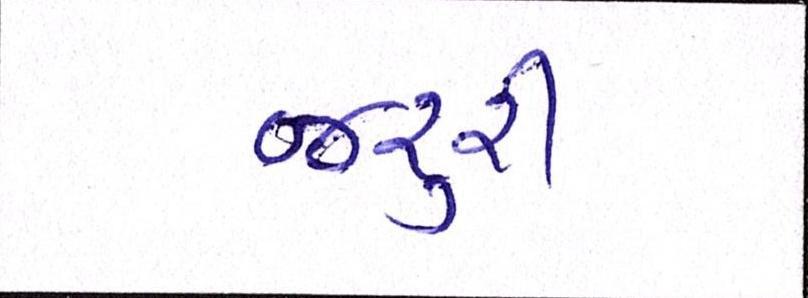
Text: જરૃરી